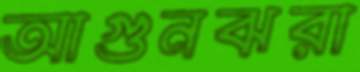
আগুনঝরা